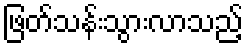
ဖြတ်သန်းသွားလာသည့်